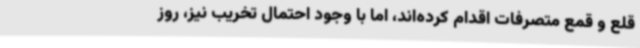
قلع و قمع متصرفات اقدام کرده‌اند، اما با وجود احتمال تخریب نیز، روز